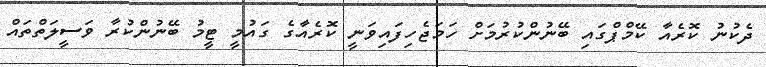
ދެކުނު ކޮރެއާ ކޭމްޕްގައި ބޭނުންކުރުމަށް ހަމަޖެހިފައިވަނީ ކޮރެއާގެ ގައުމީ ޓީމު ބޭނުންކުރާ ވަސީލަތްތައް